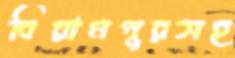
বিরামপুরসহ